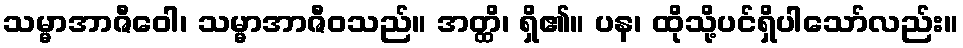
သမ္မာအာဇီဝေါ၊ သမ္မာအာဇီဝသည်။ အတ္ထိ၊ ရှိ၏။ ပန၊ ထိုသို့ပင်ရှိပါသော်လည်း။